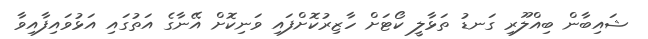
ޝައިބާން ބިއްލޫރި ގަނޑު ތަޅާލީ ކޯޓަށް ހާޒިރުކޮށްފައި ވަނިކޮށް އޭނާގެ އަތުގައި އަޅުވައިފާއިވާ